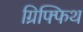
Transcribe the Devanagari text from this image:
ग्रिफ्फिथ